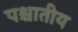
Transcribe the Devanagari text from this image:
पश्चातीय